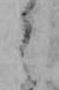
う